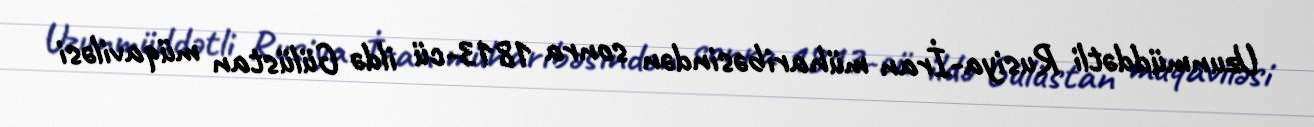
Uzunmüddətli Rusiya-İran müharibəsindən sonra 1813-cü ildə Gülüstan müqaviləsi